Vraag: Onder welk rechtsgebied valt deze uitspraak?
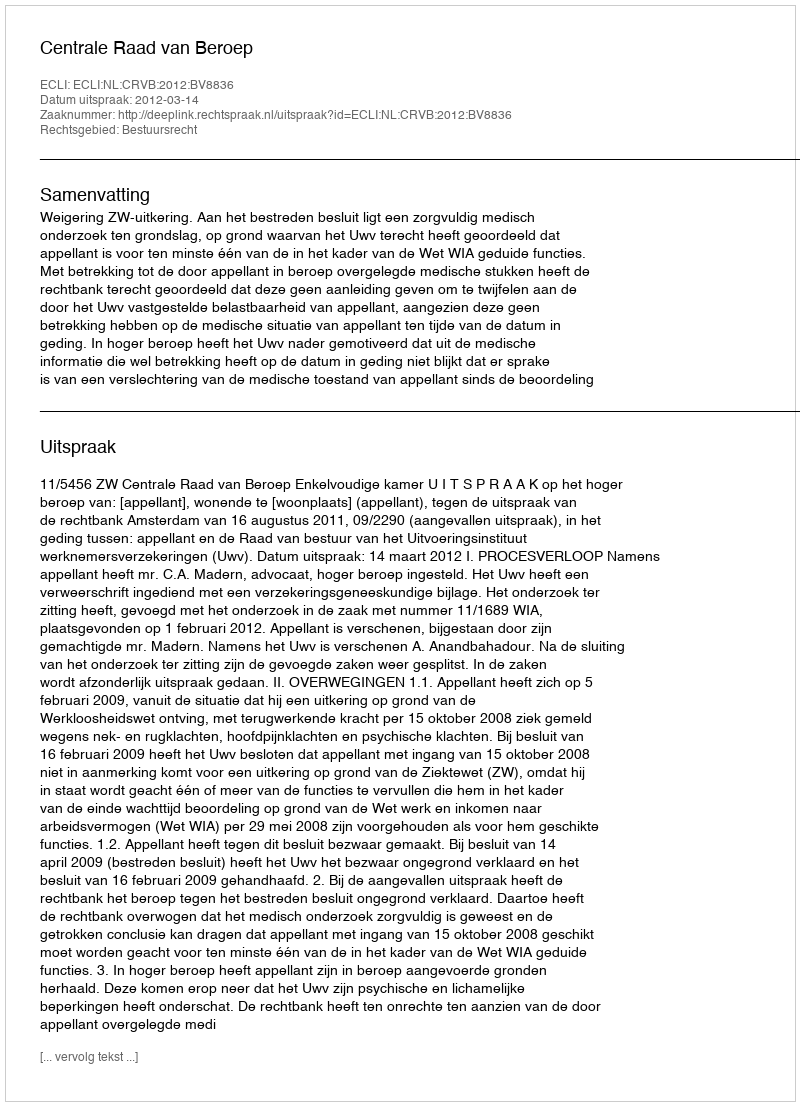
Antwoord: Bestuursrecht